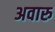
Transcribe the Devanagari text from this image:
अवारु